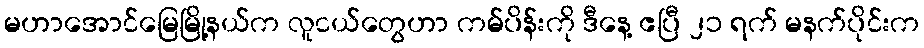
မဟာအောင်မြေမြို့နယ်က လူငယ်တွေဟာ ကမ်ပိန်းကို ဒီနေ့ ဧပြီ ၂၁ ရက် မနက်ပိုင်းက